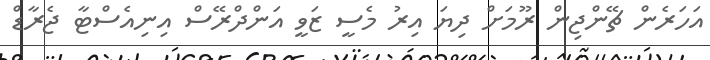
އަހަރެން ޗޭންޖިން ރޫމަށް ދިޔަ އިރު މެސީ ޒަވީ އަންދްރޭސް އިނިއެސްޓާ ޖެރާޑް